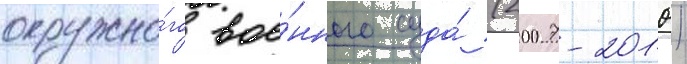
окружно́го вое́нного суда́ (2007-2010)